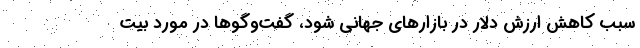
سبب کاهش ارزش دلار در بازارهای جهانی شود، گفت‌و‌گو‌ها در مورد بیت